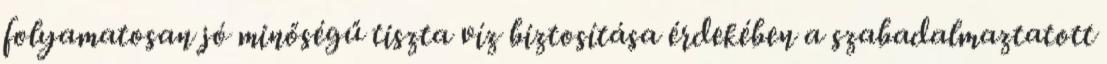
folyamatosan jó minőségű tiszta víz biztosítása érdekében a szabadalmaztatott